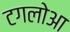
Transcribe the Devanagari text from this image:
टगलोआ